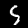
Label: 5